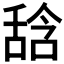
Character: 𱼳